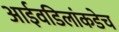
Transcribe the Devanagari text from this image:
आईवडिलांकडेच